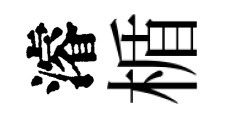
濬楯